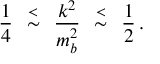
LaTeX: \frac { 1 } { 4 } \, \mathrm { { \scriptsize ~ \stackrel { < } { \sim } ~ } } \, \frac { k ^ { 2 } } { m _ { b } ^ { 2 } } \, \mathrm { { \scriptsize ~ \stackrel { < } { \sim } ~ } } \, \frac { 1 } { 2 } \, .